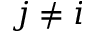
j \neq i